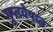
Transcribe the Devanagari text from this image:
गुप्तवेषात